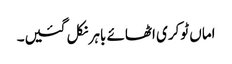
اماں ٹوکری اٹھائے باہر نکل گئیں۔